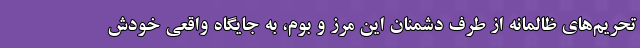
تحریم‌های ظالمانه از طرف دشمنان این مرز و بوم، به جایگاه واقعی خودش